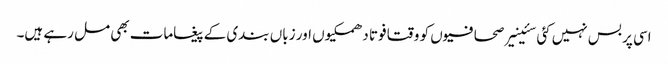
اسی پر بس نہیں کئی سئینیر صحافیوں کو وقتا فوتا دھمکیوں اور زباں بندی کے پیغامات بھی مل رہے ہیں۔